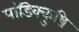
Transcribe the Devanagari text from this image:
पांडिक्कुष़ि